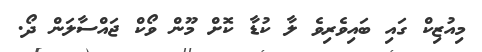
މިއުޒިކް ގައި ބައިވެރިވެ ލާ ކުޑާ ކޮށް މޫން ވޯކް ޖައްސާލަން ދޯ.